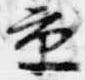
京